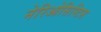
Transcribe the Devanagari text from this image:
नेरिओसिस्टिस